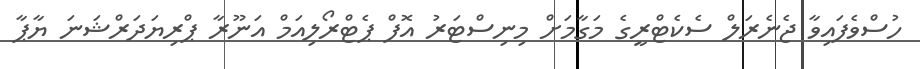
ހުސްވެފައިވާ ޖެނެރަލް ސެކެޓްރީގެ މަގާމަށް މިނިސްޓަރު އޮފް ޕެޓްރޯލިއަމް އަނޫރާ ޕްރިޔަދަރްޝަނަ ޔާޕާ